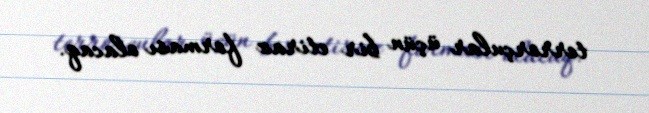
terrorçular üçün bir etiraz forması olacaq.